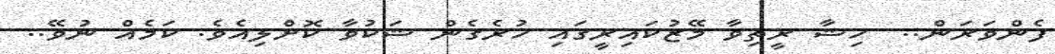
ފެންވަރަން..  ހިޝާ ރީތިވާ މޭޒުކައިރީގައި ހުރެގެން ޝަކުވާ ކޮށްލިއެވެ. ކަމެއް ނުވޭ..